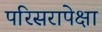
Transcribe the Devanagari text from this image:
परिसरापेक्षा